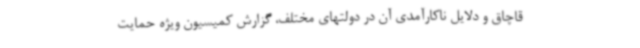
قاچاق و دلایل ناکارآمدی آن در دولتهای مختلف، گزارش کمیسیون ویژه حمایت